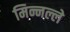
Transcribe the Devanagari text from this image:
मिन्नल्ले